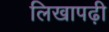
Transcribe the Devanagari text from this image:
लिखापढ़ी